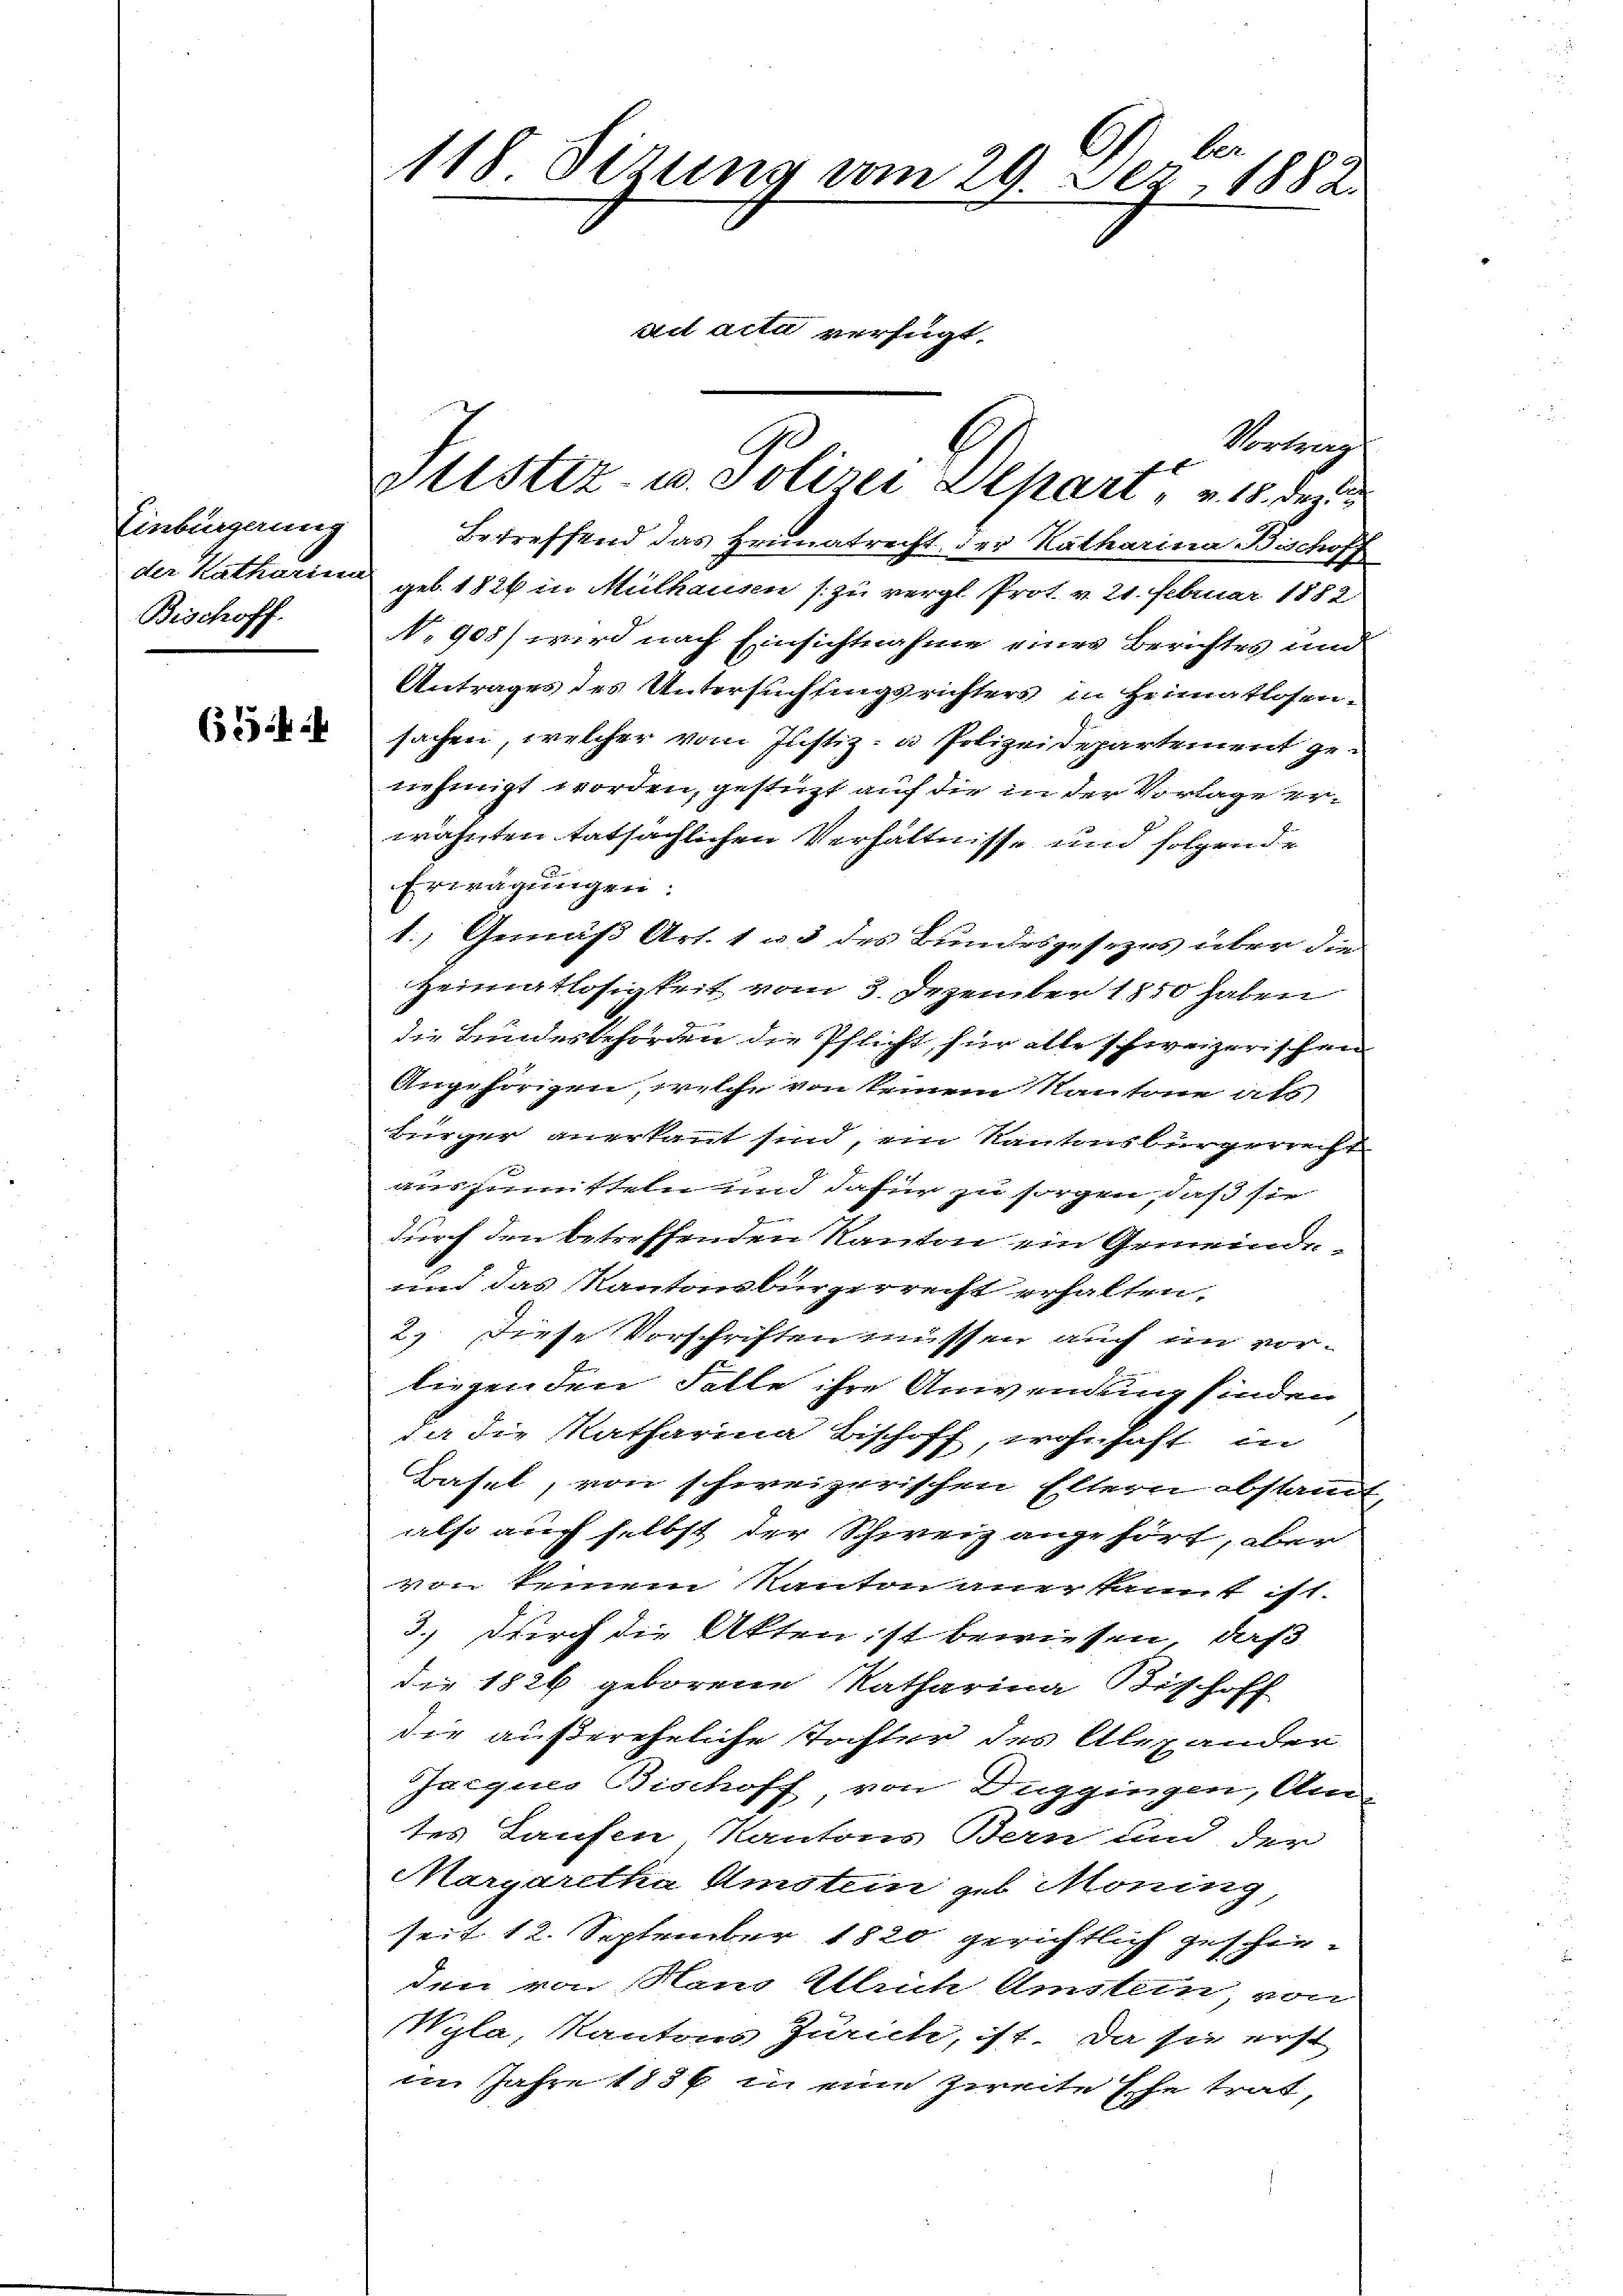
Einbürgerung
der Katharina
Bischoff.

(35ff

ber
118 Fizung am 29. Ser, 1882
ad acta verfügt.

Vortrag
Betreffend das Heimatrecht der Katharina Bischoff
geb. 1826 in Mülhausen s. zu vergl. Prot. v. 21. Februar 1882
N. 908) wird nach Einsichtnahme eines Berichtes und
Antrages des Untersuchtungsrichters in Heimatlosen-
sachen, welcher vom Justiz- & Polizeidepartement genehmigt worden, gestüzt auf die in der Vorlage erwähnten tatsächlichen Verhältnisse und folgende
Erwägungen:
t.) Gemäß Art. 1 u 3 des Bundesgesezes über die
Heimatlosigkeit vom 3. Dezember 1850 haben
die Bundesbehörden die Pflicht, für alle schweizerischen
Angehörigen, welche von keinem Kantone als
Bürger anerkannt sind, ein Kantonsbürgerrecht
auszumitteln und dafür zu sorgen, daß sie
durch den betreffenden Kanton ein Gemeinde-
und das Kantonsbürgerrecht erhalten.
2). Diese Vorschriften müssen auch in vorliegen den Falle ihre Anwendung finden
da die Ratharina Bischoff, wohnhaft in
Basel, von schweizerischen Eltern abstand
also auch selbst der Schweiz angehört, aber
von keinem Kanton anerkannt ist.
3.) Durch die Akten ist bewiesen, daß
die 1826 geborene Ratharina Tischoff
die außereheliche Tochter des Alexander
Jacques Bischoff von Zuggingen, Am
tes Laufen Kantons Bern und der
Margaretha Amstein geb Moning,
seit 12. September 1820 gerichtlich geschie-
den von Nam Ulrich Amsten von
Wyla, Kantons Zürich, ist. Da sie erst
im Jahre 1886 in eine zweite Ehe trat,

G.
vustiz- u. Polizei Depart, u. 15. des